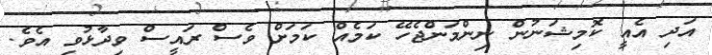
އަދި އެއީ ކޮމިޝަނުން ނިންމަންޖެހޭ ކަމެއް ކަމަށް ވެސް ރައީސް ވިދާޅުވި އެވެ.